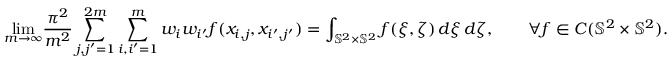
\underset { m \rightarrow \infty } { \operatorname* { l i m } } \frac { \pi ^ { 2 } } { m ^ { 2 } } \sum _ { j , j ^ { \prime } = 1 } ^ { 2 m } \sum _ { i , i ^ { \prime } = 1 } ^ { m } w _ { i } w _ { i ^ { \prime } } f ( x _ { i , j } , x _ { i ^ { \prime } , j ^ { \prime } } ) = \int _ { { \mathbb { S } ^ { 2 } } \times { \mathbb { S } ^ { 2 } } } f ( \xi , \zeta ) \, d \xi \, d \zeta , \qquad \forall f \in C ( { \mathbb { S } ^ { 2 } } \times { \mathbb { S } ^ { 2 } } ) .